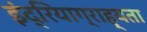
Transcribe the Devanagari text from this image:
इंद्रियाग्राह्यता